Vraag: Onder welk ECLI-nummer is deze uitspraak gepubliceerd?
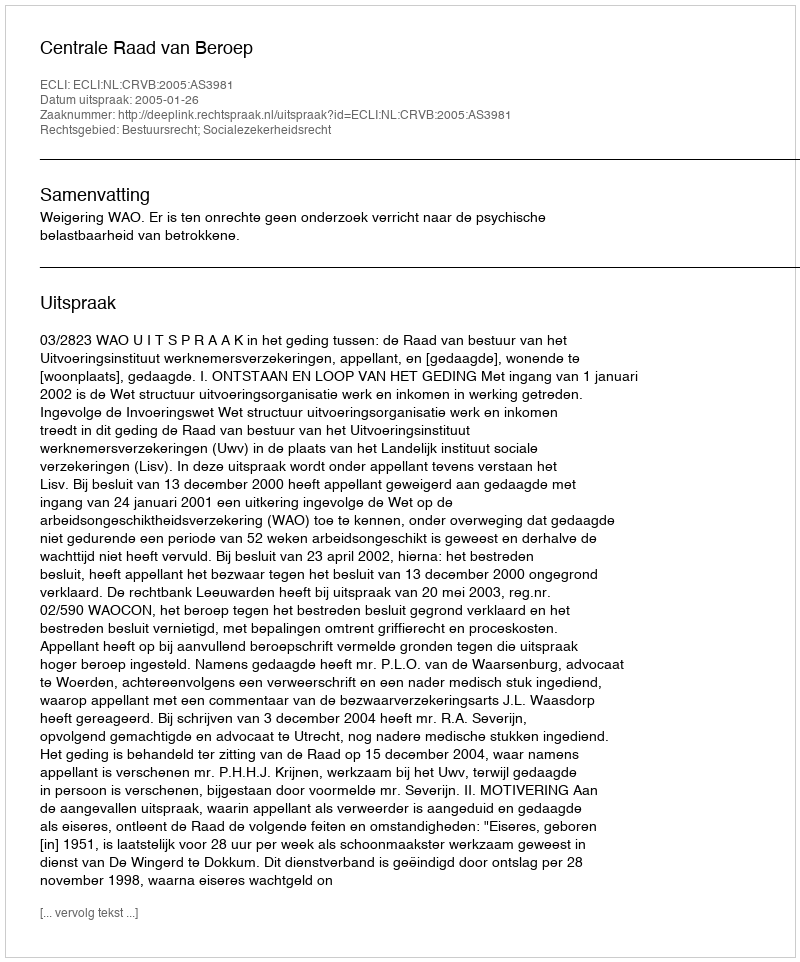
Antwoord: ECLI:NL:CRVB:2005:AS3981